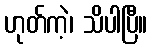
ဟုတ်ကဲ့၊ သိပါပြီ။